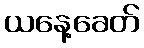
ယနေ့ခေတ်